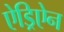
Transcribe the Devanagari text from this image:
ऐड्रिऐन